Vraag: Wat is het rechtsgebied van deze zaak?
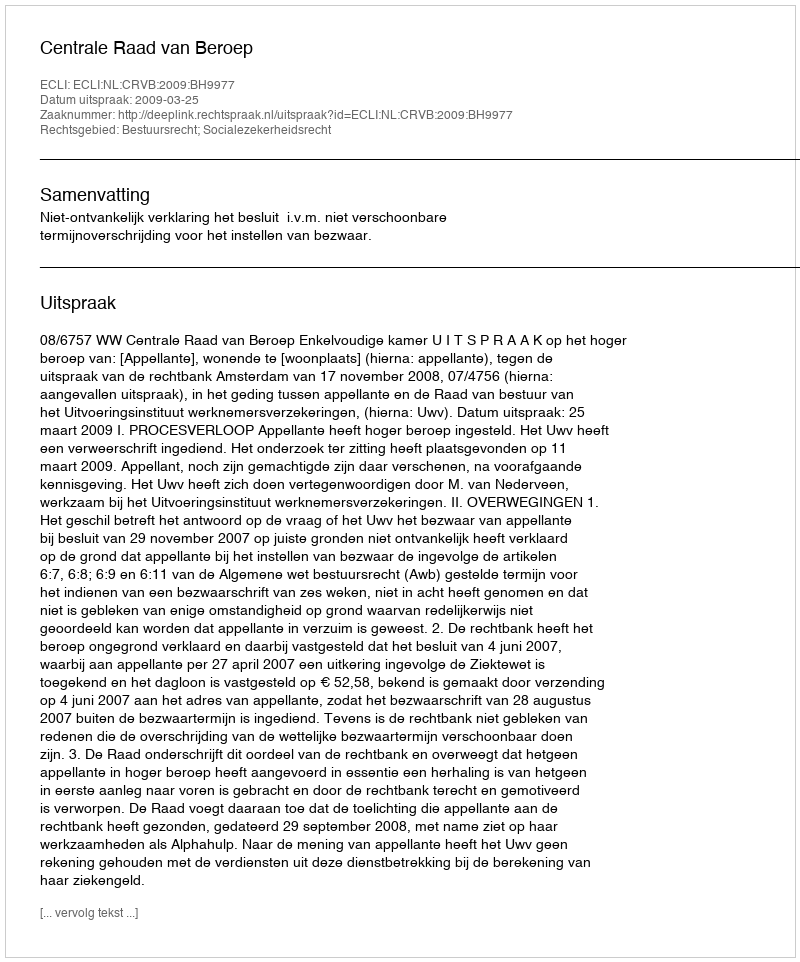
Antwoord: Bestuursrecht; Socialezekerheidsrecht